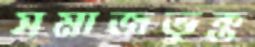
সমাজভুক্ত